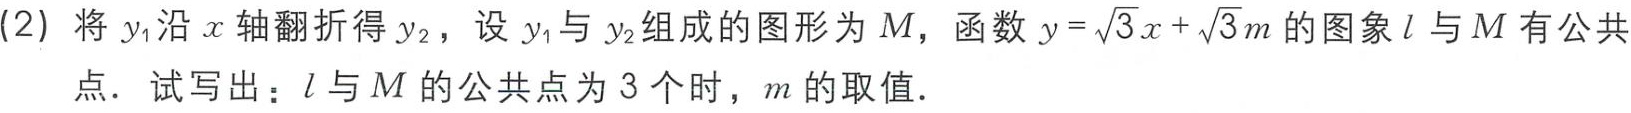
(2) 将 \(y_{1}\) 沿 \(x\) 轴翻折得 \(y_{2}\)，设 \(y_{1}\) 与 \(y_{2}\) 组成的图形为 \(M\)，函数 \(y = \sqrt{3}x+\sqrt{3}m\) 的图象 \(l\) 与 \(M\) 有公共

点．试写出：\(l\) 与 \(M\) 的公共点为 \(3\) 个时，\(m\) 的取值．